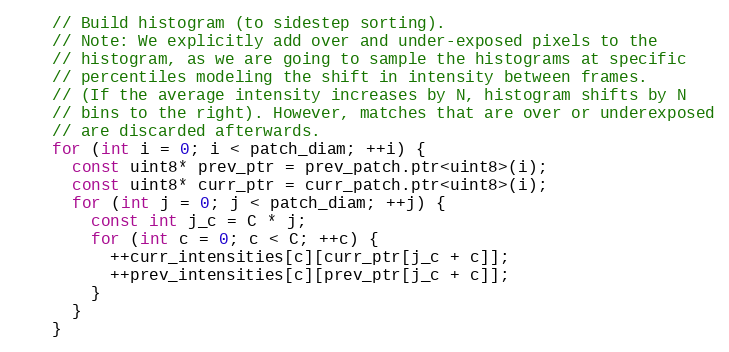
Language: C
    // Build histogram (to sidestep sorting).
    // Note: We explicitly add over and under-exposed pixels to the
    // histogram, as we are going to sample the histograms at specific
    // percentiles modeling the shift in intensity between frames.
    // (If the average intensity increases by N, histogram shifts by N
    // bins to the right). However, matches that are over or underexposed
    // are discarded afterwards.
    for (int i = 0; i < patch_diam; ++i) {
      const uint8* prev_ptr = prev_patch.ptr<uint8>(i);
      const uint8* curr_ptr = curr_patch.ptr<uint8>(i);
      for (int j = 0; j < patch_diam; ++j) {
        const int j_c = C * j;
        for (int c = 0; c < C; ++c) {
          ++curr_intensities[c][curr_ptr[j_c + c]];
          ++prev_intensities[c][prev_ptr[j_c + c]];
        }
      }
    }